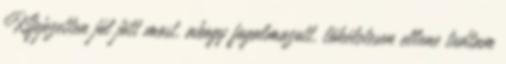
Kifejezetten jól jött most, ahogy fogalmazott, tökéletesen ellene tudtam